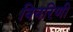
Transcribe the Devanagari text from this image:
विवरिणी